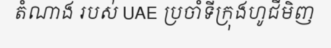
តំណាង របស់ UAE ប្រចាំទីក្រុងហូជីមិញ